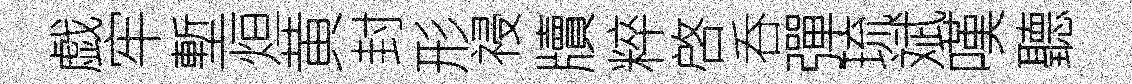
戯牢塹烜黄封形祲牘粹啓呑彈琉斌嘆聽